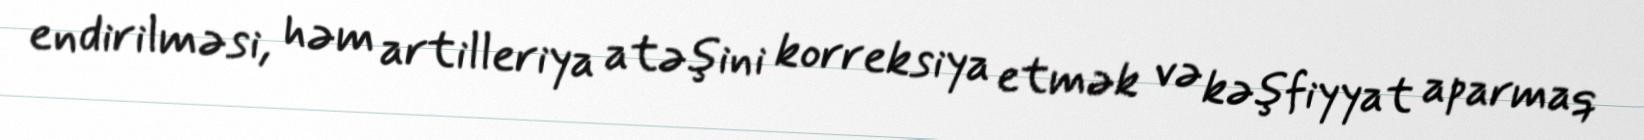
endirilməsi, həm artilleriya atəşini korreksiya etmək və kəşfiyyat aparmaq